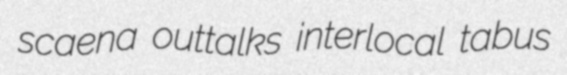
scaena outtalks interlocal tabus